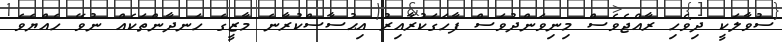
ސުވާލަކީ ދިވެހި ރާއްޖެވެސް މިނިވަންދުވަސް ފާހަގަކުރާއިރު އިޙުސާސްކުރާނެ މާޒީގެ ހަނދާންތަކެއް ނުވޭ ހެއްޔެވެ